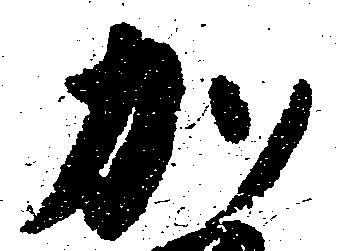
加